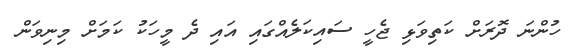
ހުންނަ ދޮރަށް ކަތިވަޅި ޖެހީ ސައިކަލެއްގައި އައި ދެ މީހަކު ކަމަށް މިނިވަން